Scientific memoirs by medical officers of the Army of India - Part VI,
Year: 1891
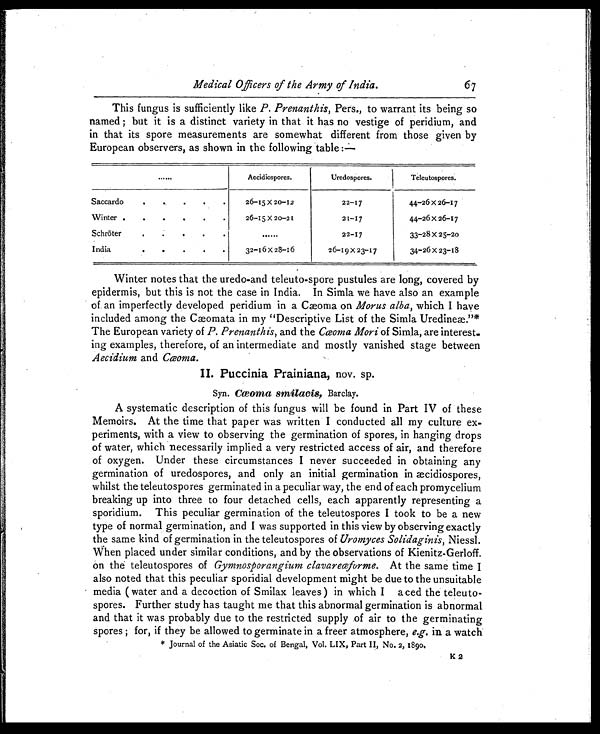
Medical Officers of the Army of India.
This fungus is sufficiently like P. Prenanthis, Pers., to warrant its being so
named; but it is a distinct variety in that it has no vestige of peridium, and
in that its spore measurements are somewhat different from those given by
European observers, as shown in the following table:—
......
Aecidiospores.
Uredospores.
Teleutospores.
Saccardo
. .
.
.
.
26-15 X 20-12
22-17
44-26 x 26-17
Winter .
.
.
.
.
.
26-15 X 20-21
21-17
44-26x 26-17
Schröter
. .
.
. .
......
22-17
33-28 X 25-20
India
. .
.
. . 32-16 X 28-16
26-19 X 23-17
34-26 X 23-18
Winter notes that the uredo-and teleuto-spore pustules are long, covered by
epidermis, but this is not the case in India. In Simla we have also an example
of an imperfectly developed peridium in a Cæoma on Morus alba, which I have
included among the Cæomata in my "Descriptive List of the Simla Uredineæ."*
The European variety of P. Prenanthis, and the Cœoma Mori of Simla, are interest.
ing examples, therefore, of an intermediate and mostly vanished stage between
Aecidium and Cœoma.
II. Puccinia Prainiana, nov. sp.
Syn. Cœoma smilacis, Barclay.
A systematic description of this fungus will be found in Part IV of these
Memoirs. At the time that paper was written I conducted all my culture ex-
periments, with a view to observing the germination of spores, in hanging drops
of water, which necessarily implied a very restricted access of air, and therefore
of oxygen. Under these circumstances I never succeeded in obtaining any
germination of uredospores, and only an initial germination in æcidiospores,
whilst the teleutospores germinated in a peculiar way, the end of each promycelium
breaking up into three to four detached cells, each apparently representing a
sporidium. This peculiar germination of the teleutospores I took to be a new
type of normal germination, and I was supported in this view by observing exactly
the same kind of germination in the teleutospores of Uromyces Solidaginis, Niessl.
When placed under similar conditions, and by the observations of Kienitz-Gerloff.
on the teleutospores of Gymnosporangium clavareceforme. At the same time I
also noted that this peculiar sporidial development might be due to the unsuitable
media ( water and a decoction of Smilax leaves ) in which I aced the teleuto-
spores. Further study has taught me that this abnormal germination is abnormal
and that it was probably due to the restricted supply of air to the germinating
spores; for, if they be allowed to germinate in a freer atmosphere, e.g. in a watch
* Journal of the Asiatic Soc. of Bengal, Vol. LIX, Part II, No. 2,1890.
K2